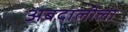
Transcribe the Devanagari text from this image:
अबदालीला